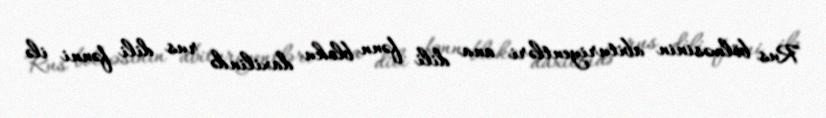
Rus bölməsinin abituriyentləri ana dili fənn bloku daxilində rus dili fənni ilə